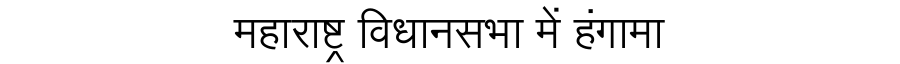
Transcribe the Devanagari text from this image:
महाराष्ट्र विधानसभा में हंगामा